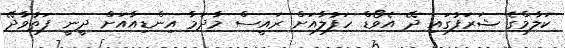
ކަލާމްގެ ޝަރަފުގައި ދޭ އެވޯޑް ހަފުލާއަށް ރައީސް މާދަމާ އިންޑިއާއަށް ދީނީ ފަތުވާދޭ